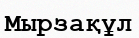
Мырзақұл